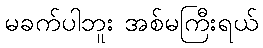
မခက်ပါဘူး အစ်မကြီးရယ်